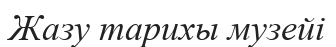
Жазу тарихы музейі